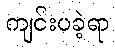
ကျင်းပခဲ့ရာ